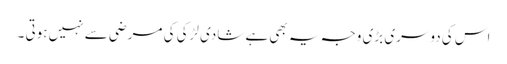
اس کی دوسری بڑی وجہ یہ بھی ہے شادی لڑکی کی مرضی سے نہیں ہوتی ۔